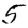
Digit: 5